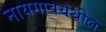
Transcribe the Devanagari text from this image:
नायगावयेथील